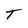
Character: T